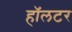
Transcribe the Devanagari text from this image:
हॉलटर